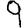
Digit: 9